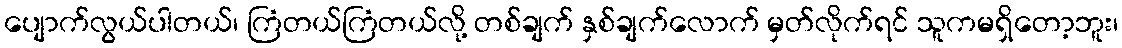
ပျောက်လွယ်ပါတယ်၊ ကြံတယ်ကြံတယ်လို့ တစ်ချက် နှစ်ချက်လောက် မှတ်လိုက်ရင် သူကမရှိတော့ဘူး၊